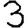
Digit: 3